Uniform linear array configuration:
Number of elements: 64
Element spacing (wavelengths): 0.75
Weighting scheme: hamming
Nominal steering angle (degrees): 0
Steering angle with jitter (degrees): -0.348
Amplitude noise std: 0.05
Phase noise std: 0.05

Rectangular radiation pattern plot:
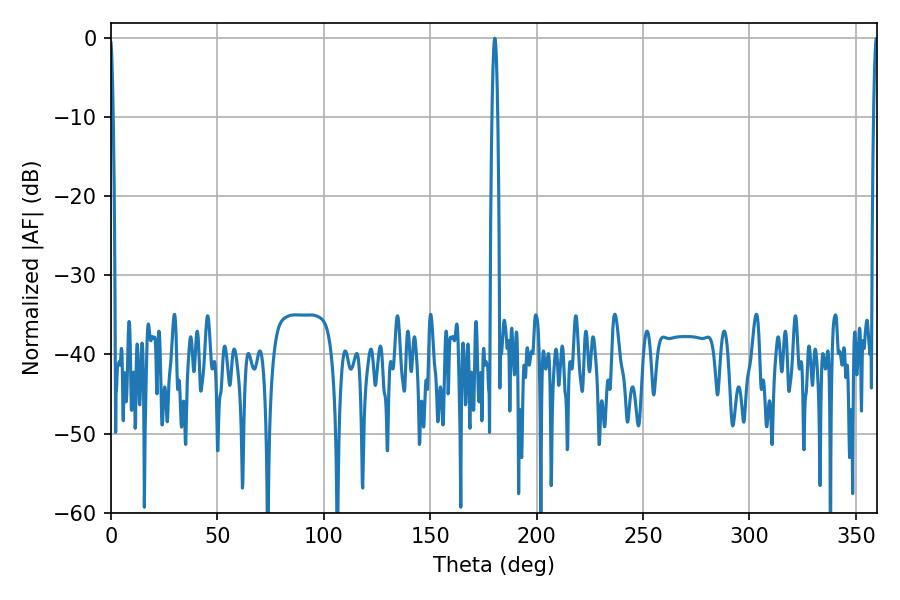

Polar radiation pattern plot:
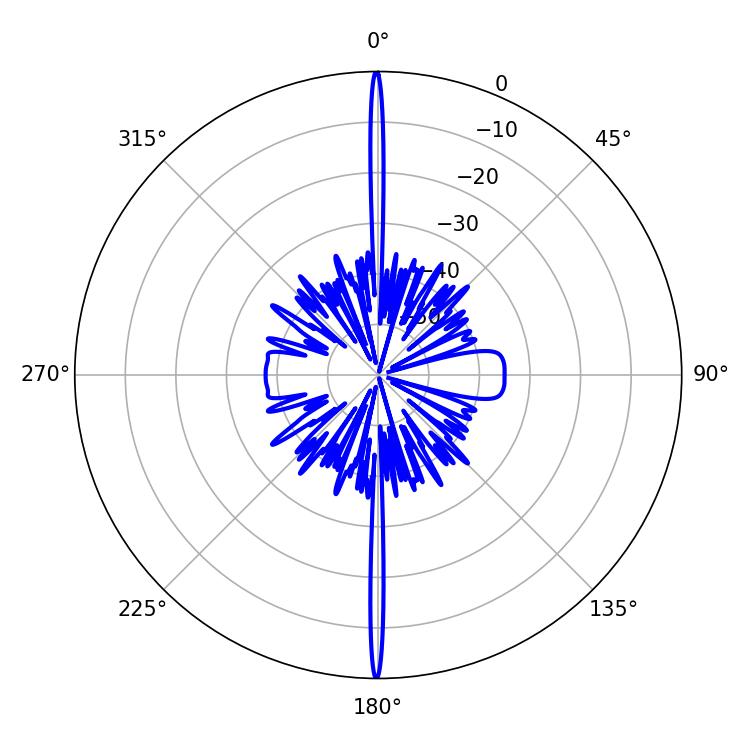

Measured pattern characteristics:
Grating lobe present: TRUE
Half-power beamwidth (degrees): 1.08
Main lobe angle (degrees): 359.64